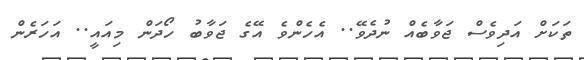
ތަކަށް އަދިވެސް ޖަވާބެއް ނުދެވޭ.. އެހެންވެ އޭގެ ޖަވާބު ހޯދަން މިއައީ.. އަހަރެން